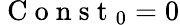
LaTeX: \mathrm{~C~o~n~s~t~}_{0}=0